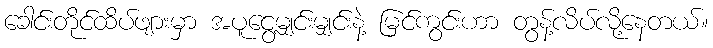
ခေါင်းတိုင်ထိပ်ဖျားမှာ အပူငွေ့မျှင်းမျှင်းနဲ့ မြင်ကွင်းဟာ တွန့်လိပ်လို့နေတယ်။